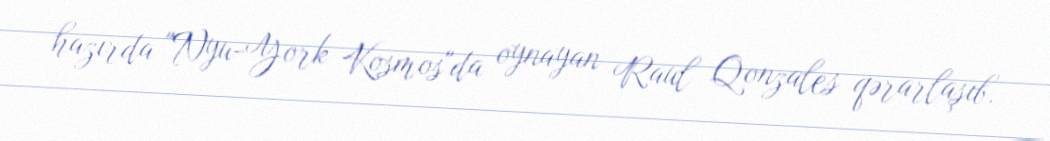
hazırda "Nyu-York Kosmos"da oynayan Raul Qonzales qərarlaşıb.